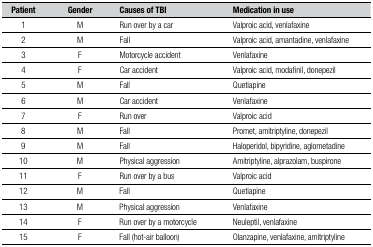
<table><thead><tr><td><b>Patient</b></td><td><b>Gender</b></td><td><b>Causes of TBI</b></td><td><b>Medication in use</b></td></tr></thead><tbody><tr><td>1</td><td>M</td><td>Run over by a car</td><td>Valproic acid, venlafaxine</td></tr><tr><td>2</td><td>M</td><td>Fall</td><td>Valproic acid, amantadine, venlafaxine</td></tr><tr><td>3</td><td>F</td><td>Motorcycle accident</td><td>Venlafaxine</td></tr><tr><td>4</td><td>F</td><td>Car accident</td><td>Valproic acid, modafinil, donepezil</td></tr><tr><td>5</td><td>M</td><td>Fall</td><td>Quetiapine</td></tr><tr><td>6</td><td>M</td><td>Car accident</td><td>Venlafaxine</td></tr><tr><td>7</td><td>F</td><td>Run over</td><td>Valproic acid</td></tr><tr><td>8</td><td>M</td><td>Fall</td><td>Promet, amitriptyline, donepezil</td></tr><tr><td>9</td><td>M</td><td>Fall</td><td>Haloperidol, bipyridine, aglometadine</td></tr><tr><td>10</td><td>M</td><td>Physical aggression</td><td>Amitriptyline, alprazolam, buspirone</td></tr><tr><td>11</td><td>F</td><td>Run over by a bus</td><td>Valproic acid</td></tr><tr><td>12</td><td>M</td><td>Fall</td><td>Quetiapine</td></tr><tr><td>13</td><td>M</td><td>Physical aggression</td><td>Venlafaxine</td></tr><tr><td>14</td><td>F</td><td>Run over by a motorcycle</td><td>Neuleptil, venlafaxine</td></tr><tr><td>15</td><td>F</td><td>Fall (hot-air balloon)</td><td>Olanzapine, venlafaxine, amitriptyline</td></tr></tbody></table>